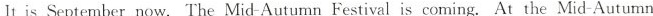
It is September now. The Mid-Autumn Festival is coming. At the Mid-Autumn